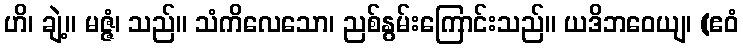
ဟိ၊ ချဲ့။ မဇ္ဇံ၊ သည်။ သံကိလေသော၊ ညစ်နွမ်းကြောင်းသည်။ ယဒိဘဝေယျ၊ (ဧဝံ